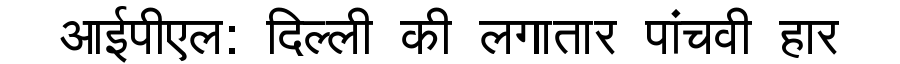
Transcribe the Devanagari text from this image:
आईपीएल: दिल्ली की लगातार पांचवी हार